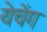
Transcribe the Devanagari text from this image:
येचेंग